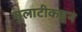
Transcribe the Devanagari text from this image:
गुलाटीकडून